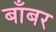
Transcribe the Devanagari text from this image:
बाँबर